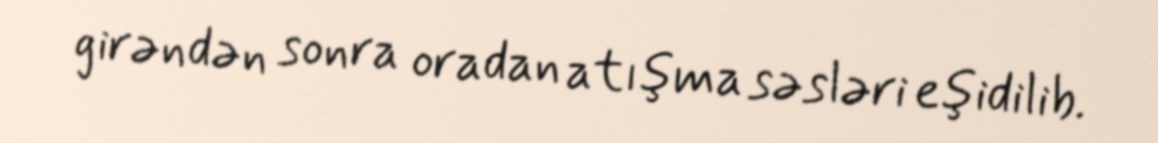
girəndən sonra oradan atışma səsləri eşidilib.